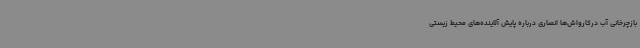
بازچرخانی آب درکارواش‌ها انصاری درباره پایش آلاینده‌های محیط زیستی